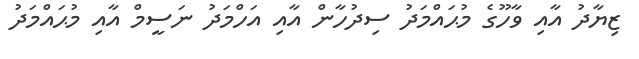
ޒިޔާދު އާއި ވާހޫގެ މުޙައްމަދު ސިދުހާން އާއި އަހްމަދު ނަސީމް އާއި މުޙައްމަދު